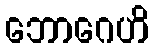
ဘောဂေဟိ